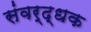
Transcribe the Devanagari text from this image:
संवर्द्धक